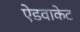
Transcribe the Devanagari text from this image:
ऐडवाकेट